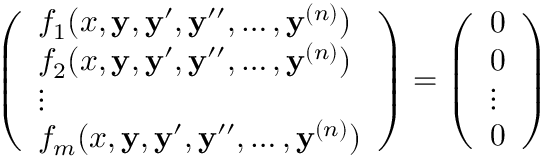
{ \left( \begin{array} { l } { f _ { 1 } ( x , \mathbf { y } , \mathbf { y } ^ { \prime } , \mathbf { y } ^ { \prime \prime } , \ldots , \mathbf { y } ^ { ( n ) } ) } \\ { f _ { 2 } ( x , \mathbf { y } , \mathbf { y } ^ { \prime } , \mathbf { y } ^ { \prime \prime } , \ldots , \mathbf { y } ^ { ( n ) } ) } \\ { \vdots } \\ { f _ { m } ( x , \mathbf { y } , \mathbf { y } ^ { \prime } , \mathbf { y } ^ { \prime \prime } , \ldots , \mathbf { y } ^ { ( n ) } ) } \end{array} \right) } = { \left( \begin{array} { l } { 0 } \\ { 0 } \\ { \vdots } \\ { 0 } \end{array} \right) }